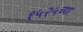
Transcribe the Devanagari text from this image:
१५२५च्या